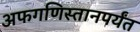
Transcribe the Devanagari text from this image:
अफगणिस्तानपर्यंत